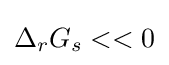
\Delta _{r}G_{s}<<0